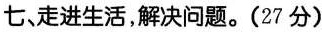
七，走进生活，解决问题。(27分)